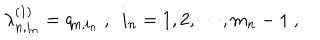
\lambda _ { n , i _ { n } } ^ { ( 1 ) } = q _ { n , i _ { n } } \ , \ \ i _ { n } = 1 , 2 , \cdots , m _ { n } - 1 \ ,